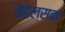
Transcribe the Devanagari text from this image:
मैंडेल्सन